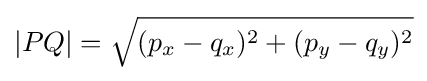
|PQ|={\sqrt {(p_{x}-q_{x})^{2}+(p_{y}-q_{y})^{2}}}